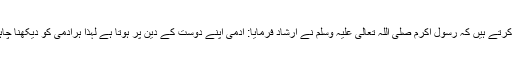
(صحیح بخاری) حضرت انسؓ روایت کرتے ہیں کہ رسولِ اکرم صلی اللہ تعالیٰ علیہ وسلم نے ارشاد فرمایا: آدمی اپنے دوست کے دین پر ہوتا ہے لہٰذا ہرآدمی کو دیکھنا چاہئے کہ و ہ کسے اپنا دوست بنارہاہے۔